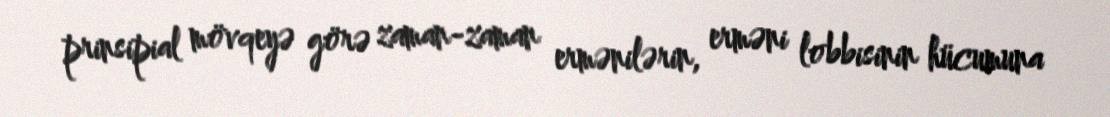
prinsipial mövqeyə görə zaman-zaman ermənilərin, erməni lobbisinin hücumuna